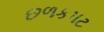
છળકપટ